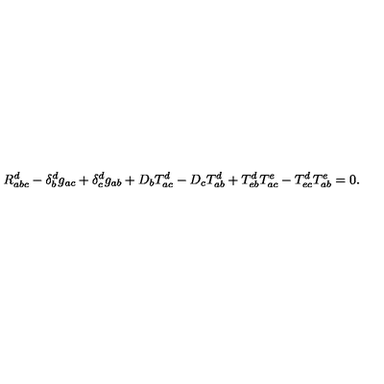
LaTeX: R _ { a b c } ^ { d } - \delta _ { b } ^ { d } g _ { a c } + \delta _ { c } ^ { d } g _ { a b } + D _ { b } T _ { a c } ^ { d } - D _ { c } T _ { a b } ^ { d } + T _ { e b } ^ { d } T _ { a c } ^ { e } - T _ { e c } ^ { d } T _ { a b } ^ { e } = 0 .